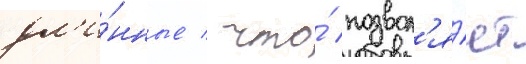
дл'и́нные / что́ позвол'я́ет